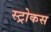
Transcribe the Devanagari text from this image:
स्ट्रोकस